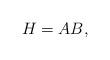
LaTeX: \begin{align*}H=AB,\end{align*}